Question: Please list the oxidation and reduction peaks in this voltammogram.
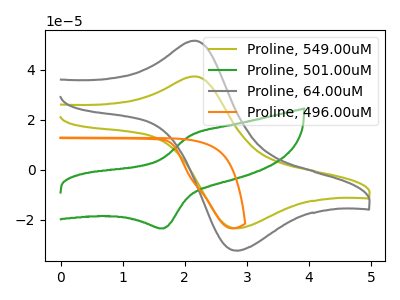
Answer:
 <answer>The olive curve "Proline, 549.00uM" has an anodic peak at (2.15V, 37.35uA) and a cathodic peak at (2.80V, -23.35uA). The green curve "Proline, 501.00uM" has an anodic peak at (2.10V, 13.85uA) and a cathodic peak at (1.65V, -23.40uA). The gray curve "Proline, 64.00uM" has an anodic peak at (2.15V, 51.65uA) and a cathodic peak at (2.80V, -32.30uA). The orange curve "Proline, 496.00uM" has no peaks.</answer>
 <eval></eval>